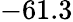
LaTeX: -61.3